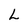
Character: L